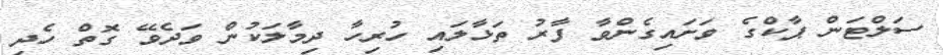
ސަލްޓަން ޕާކްގެ ވަށައިގެންވާ ފާރު ތަޅާލައި ހުރިހާ ދިމާލަކުން ވަދެވޭ ގޮތް ހެދި